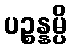
ပဉ္စန္နမ္ပိ